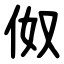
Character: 伮